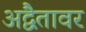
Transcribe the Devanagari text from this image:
अद्वैतावर